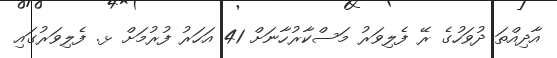
އާދިއްތަ ދުވަހުގެ ރޭ ފެލިވަރު މަސްކާރުހާނަށް 41 އަހަރު ފުރުމަށް ޅ. ފެލިވަރުގައި